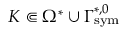
K \Subset \Omega ^ { * } \cup \Gamma _ { \mathrm { { s y m } } } ^ { * , 0 }